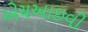
એચઆઇવી